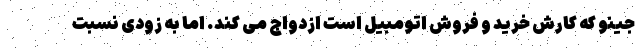
جینو که کارش خرید و فروش اتومبیل است ازدواج می کند. اما به زودی نسبت